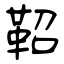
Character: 鞀